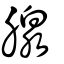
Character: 腺